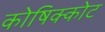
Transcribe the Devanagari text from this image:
कोषिक्कोट